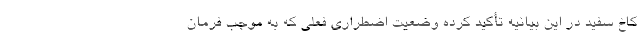
کاخ سفید در این بیانیه تأکید کرده وضعیت اضطراری فعلی که به موجب فرمان